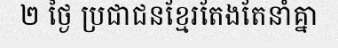
២ ថ្ងៃ ប្រជាជនខ្មែរតែងតែនាំគ្នា